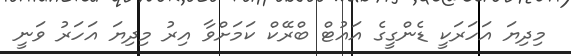
މިދިޔަ އަހަރަކީ ޑެންގީގެ އައުޓް ބްރޭކް ކަމަށްވާ އިރު މިދިޔަ އަހަރު ވަނީ